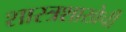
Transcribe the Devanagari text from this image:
शास्त्रशाखेची